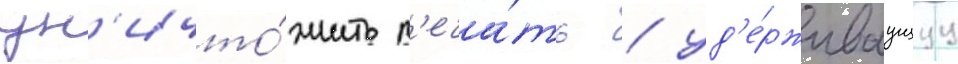
ун'ичто́жить п'еча́ть / уд'е́рживаущуу